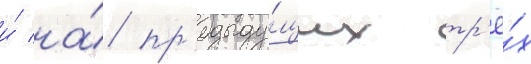
и́ на́ пр'едыду́щих тр'ё́х